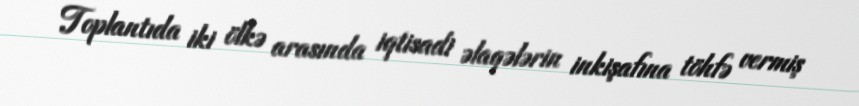
Toplantıda iki ölkə arasında iqtisadi əlaqələrin inkişafına töhfə vermiş